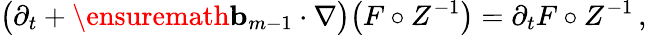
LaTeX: \bigl(\partial_{t}+\ensuremath{\mathbf{b}}_{m-1}\cdot\nabla\bigr)\bigl(F\circ Z^{-1}\bigr)=\partial_{t}F\circ Z^{-1}\, ,